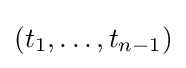
(t_{1},\ldots ,t_{n-1})